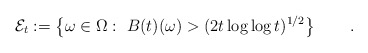
\begin{align*}\mathcal{E}_t := \left\{ \omega\in\Omega:\ B(t)(\omega) >(2 t\log\log t)^{1/2}\right\}\qquad.\end{align*}